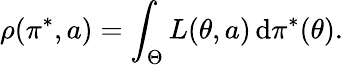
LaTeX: \rho(\pi^{*},a)=\int_{\Theta}L(\theta,a)\, \mathrm{d}\pi^{*}(\theta).